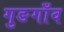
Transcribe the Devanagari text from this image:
गुङगाँव